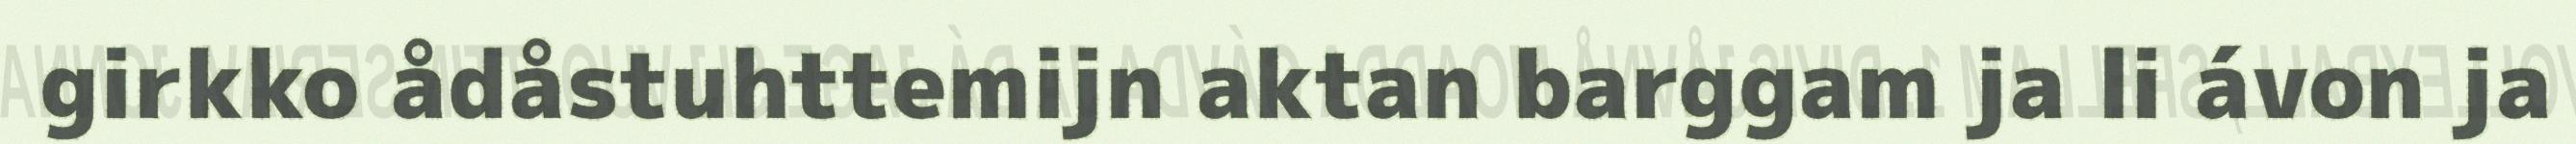
girkko ådåstuhttemijn aktan barggam ja li ávon ja